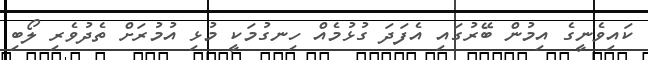
ކައިވެނީގެ އިމުން ބޭރުގައި އެފަދަ ގުޅުމެއް ހިނގުމަކީ މުޅި އުމުރަށް ތެދުވެރި ލޯބި